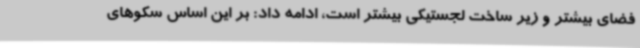
فضای بیشتر و زیر ساخت لجستیکی بیشتر است، ادامه داد: بر این اساس سکوهای